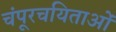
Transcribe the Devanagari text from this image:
चंपूरचयिताओं